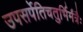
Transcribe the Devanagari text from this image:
उपसर्पेतिचतुर्भिर्मंत्रैः